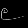
Digit: ၉